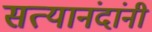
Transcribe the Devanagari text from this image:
सत्यानंदांनी